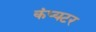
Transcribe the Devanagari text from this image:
कंप्यटर